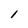
Character: 1